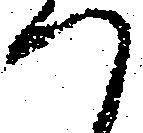
つ